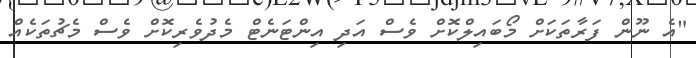
"އެ ނޫން ފަރާތަކަށް މޯބައިލްކޮށް ވެސް އަދި އިންޓަނެޓް މެދުވެރިކޮށް ވެސް މެޗުތަކެއް